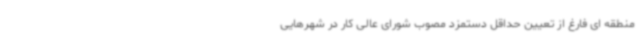
منطقه ای فارغ از تعیین حداقل دستمزد مصوب شورای عالی کار در شهرهایی